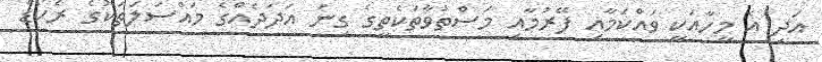
އަދި އެ މީހާއަކީ ވައްކަމާއި ފޭރުމާއި މަސްތުވާތަކެތީގެ ގިނަ އަދަދެއްގެ މައްސަލަތަކުގެ ރެކޯޑް